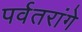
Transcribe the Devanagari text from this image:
पर्वतरांगे